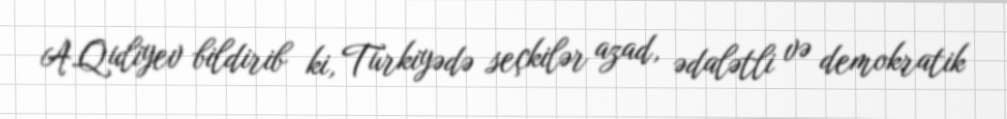
A.Quliyev bildirib ki, Türkiyədə seçkilər azad, ədalətli və demokratik